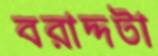
বরাদ্দটা